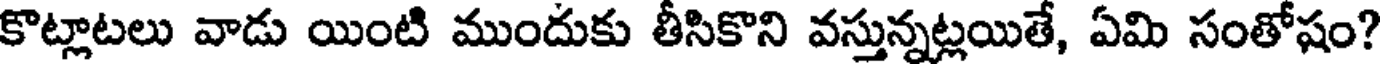
కొట్లాటలు వాడు యింటి ముందుకు తీసికొని వస్తున్నట్లయితే, ఏమి సంతోషం?